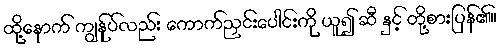
ထို့နောက် ကျွန်ုပ်လည်း ကောက်ညှင်းပေါင်းကို ယူ၍ ဆီ နှင့် တို့စားပြန်၏။